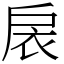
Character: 扆